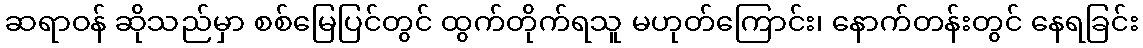
ဆရာဝန် ဆိုသည်မှာ စစ်မြေပြင်တွင် ထွက်တိုက်ရသူ မဟုတ်ကြောင်း၊ နောက်တန်းတွင် နေရခြင်း